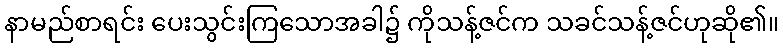
နာမည်စာရင်း ပေးသွင်းကြသောအခါ၌ ကိုသန့်ဇင်က သခင်သန့်ဇင်ဟုဆို၏။